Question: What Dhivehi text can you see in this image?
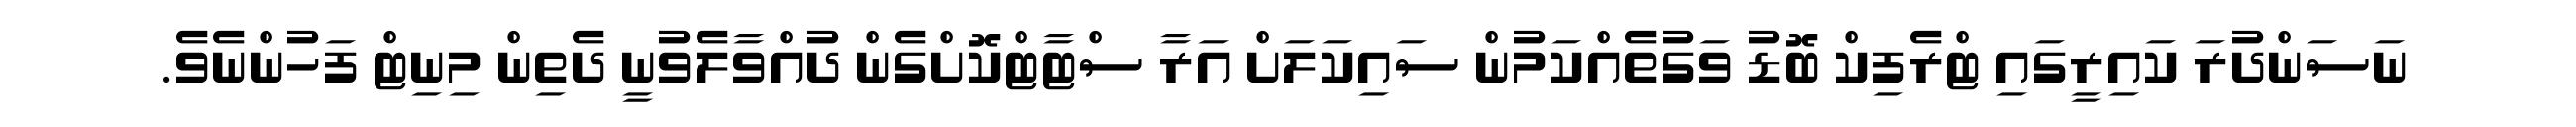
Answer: ނަސަންދުރަ ކައިރީގައި ޓްރެފިކް ބޮޑު ވަގުތެއްކަމުން ސައިކަލަށް އަރާ ސްޓާޓްކޮށްގެން ދުއްވާލެވުނީ ދެތިން މިނިޓް ފަހުންނެވެ.